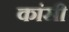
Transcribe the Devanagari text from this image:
कांसी